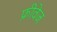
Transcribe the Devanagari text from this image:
फ्रीवेज